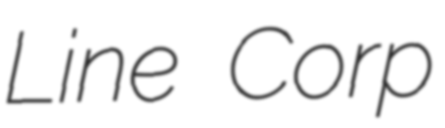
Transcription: Line Corp